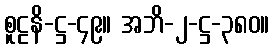
စူဠနိ-ဋ္ဌ-၄၉။ အဘိ-၂-ဋ္ဌ-၃၈၀။